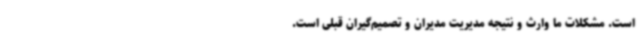
است. مشکلات ما وارث و نتیجه مدیریت مدیران و تصمیم‌گیران قبلی است.